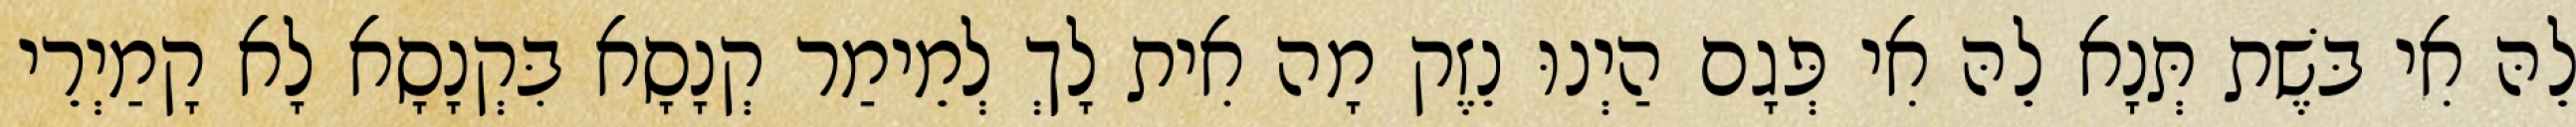
לֵהּ אִי בּשֶׁת תְּנָא לֵהּ אִי פְּגָם הַיְנוּ נֵזֶק מָה אִית לָךְ לְמֵימַר קְנָסָא בִּקְנָסָא לָא קָמַיְרֵי